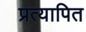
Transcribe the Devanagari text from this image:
प्रत्यापित